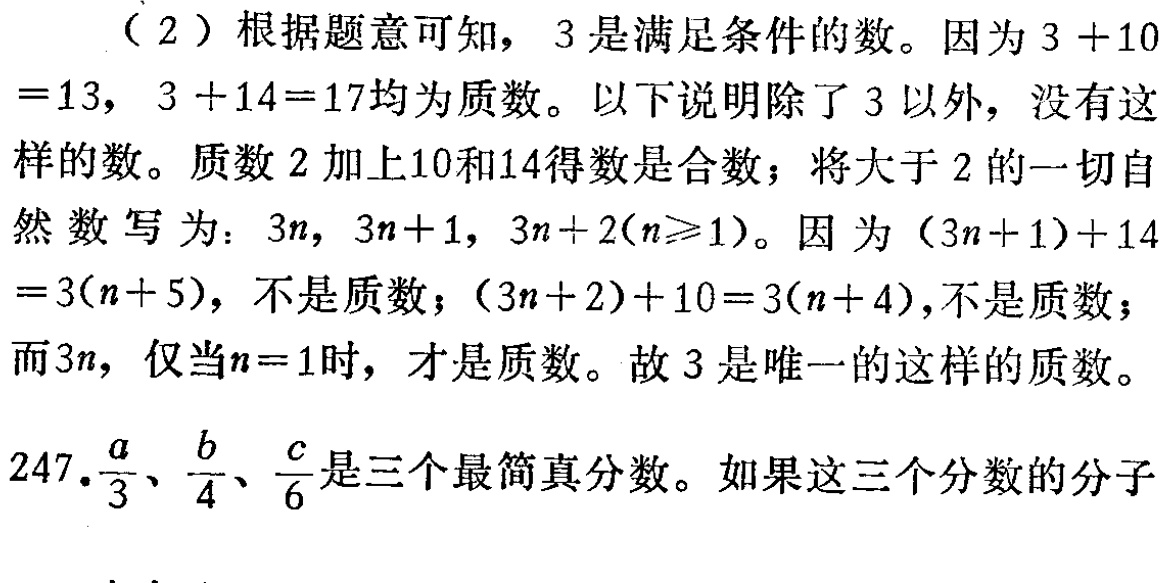
（2）根据题意可知，3 是满足条件的数。因为 \(3 + 10=13\)，\(3 + 14 = 17\)均为质数。以下说明除了 3 以外，没有这样的数。质数 2 加上10和14得数是合数；将大于 2 的一切自然数写为：\(3n\)，\(3n + 1\)，\(3n+2(n\geq1)\)。因为 \((3n + 1)+14=3(n + 5)\)，不是质数；\((3n + 2)+10 = 3(n + 4)\)，不是质数；而\(3n\)，仅当\(n = 1\)时，才是质数。故 3 是唯一的这样的质数。

247.\(\frac{a}{3}\)、\(\frac{b}{4}\)、\(\frac{c}{6}\)是三个最简真分数。如果这三个分数的分子